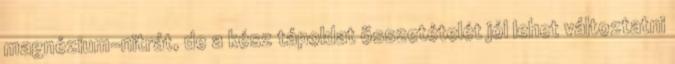
magnézium-nitrát, de a kész tápoldat összetételét jól lehet változtatni